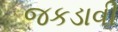
જકડાવી